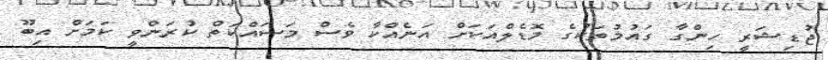
ޖުޑިޝަރީ ހިންގާ ގައުމުތަކުގެ މޮޑެލްއަކަށް އަނެއްކާ ވެސް މަސައްކަތް ކުރަންވީ ކަމަށް އިބޫ